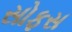
સોફસ